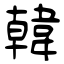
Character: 韓